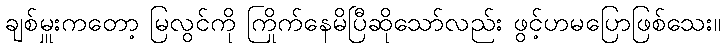
ချစ်မှူးကတော့ မြလွင်ကို ကြိုက်နေမိပြီဆိုသော်လည်း ဖွင့်ဟမပြောဖြစ်သေး။